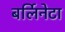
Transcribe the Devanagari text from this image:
बर्लिनेटा